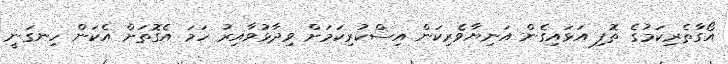
އޯގާތެރިކަމުގެ ތޮފި އަޅައިގެން އަނިޔާވެރިކަން އިސްކުރިކަމަށް ވިދާޅުވާއިރު ހަމަ އެގޮތަށް އެކަން ހިނގަނީ